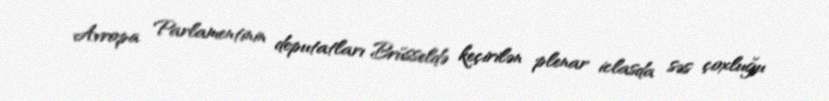
Avropa Parlamentinin deputatları Brüsseldə keçirilən plenar iclasda səs çoxluğu